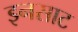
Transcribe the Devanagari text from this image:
इनसाट